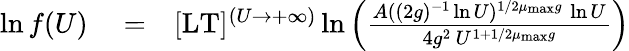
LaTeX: \begin{array}{rlr}{\ln f(U)}&{{}=}&{\lbrack\mathrm{LT}\rbrack^{(U\to+\infty)}\ln\left(\frac{A((2g)^{-1}\ln U)^{1/2\mu_{\mathrm{max}}g}\, \ln U}{4g^{2}\, U^{1+1/2\mu_{\mathrm{max}}g}}\right)}\end{array}